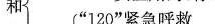
和”120”紧急呼救